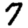
Digit: 7